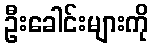
ဦးခေါင်းများကို